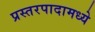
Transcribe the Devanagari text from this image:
प्रस्तरपादामध्ये